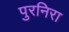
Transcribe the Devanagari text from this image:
पुरनिरा